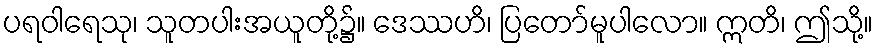
ပရဝါရေသု၊ သူတပါးအယူတို့၌။ ဒေဿဟိ၊ ပြတော်မူပါလော။ ဣတိ၊ ဤသို့။